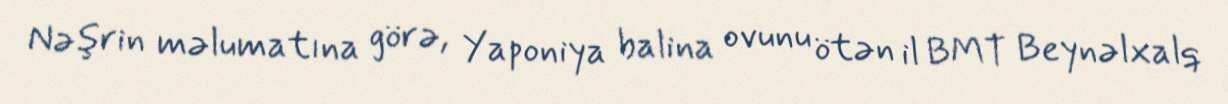
Nəşrin məlumatına görə, Yaponiya balina ovunu ötən il BMT Beynəlxalq